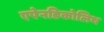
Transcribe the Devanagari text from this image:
एपेनडिकोलिथ